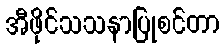
အီဖိုင်သသနာပြုစင်တာ